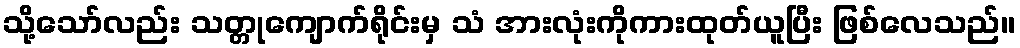
သို့သော်လည်း သတ္တုကျောက်ရိုင်းမှ သံ အားလုံးကိုကားထုတ်ယူပြီး ဖြစ်လေသည်။